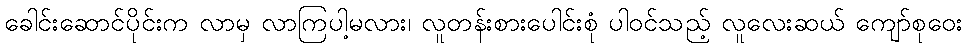
ခေါင်းဆောင်ပိုင်းက လာမှ လာကြပါ့မလား၊ လူတန်းစားပေါင်းစုံ ပါဝင်သည့် လူလေးဆယ် ကျော်စုဝေး